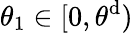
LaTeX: \theta_{1}\in[0,\theta^{\mathrm{d}})